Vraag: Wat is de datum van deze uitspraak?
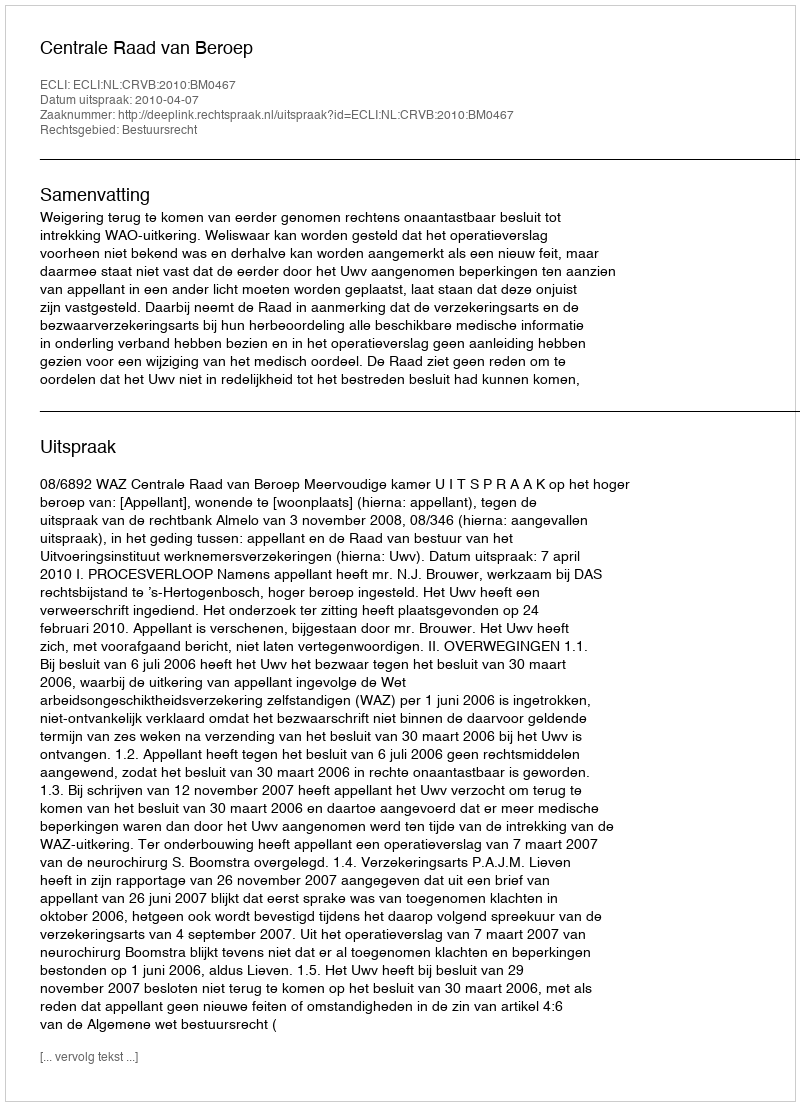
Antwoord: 2010-04-07